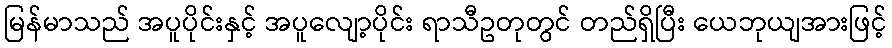
မြန်မာသည် အပူပိုင်းနှင့် အပူလျော့ပိုင်း ရာသီဥတုတွင် တည်ရှိပြီး ယေဘုယျအားဖြင့်